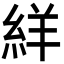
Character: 絴